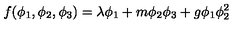
f ( \phi _ { 1 } , \phi _ { 2 } , \phi _ { 3 } ) = \lambda \phi _ { 1 } + m \phi _ { 2 } \phi _ { 3 } + g \phi _ { 1 } \phi _ { 2 } ^ { 2 }